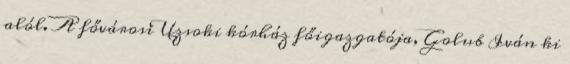
alól. A fővárosi Uzsoki kórház főigazgatója, Golub Iván ki